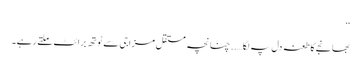
‘‘
بھانجے کا طعنہ دل پہ لگا….. چنانچہ مستقل مزاجی سے ٹوتھ برائٹ ملتے رہے۔